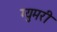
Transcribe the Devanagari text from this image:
ग्युमरी